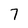
Character: 7